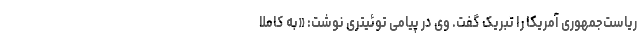
ریاست‌جمهوری آمریکا را تبریک گفت. وی در پیامی توئیتری نوشت: «به کاملا